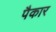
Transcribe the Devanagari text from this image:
पैकार